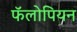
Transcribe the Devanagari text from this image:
फॅलोपियन